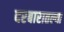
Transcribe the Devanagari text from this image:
दरबारातल्या